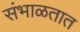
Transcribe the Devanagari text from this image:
संभाळतात